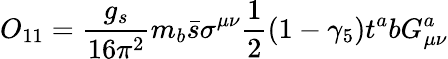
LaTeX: O_{11}=\frac{g_{s}}{16\pi^{2}}m_{b}\bar{s}\sigma^{\mu\nu}\frac{1}{2}(1-\gamma_{5})t^{a}bG_{\mu\nu}^{a}